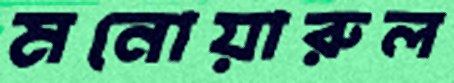
মনোয়ারুল